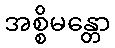
အစ္စိမန္တော